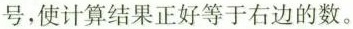
号，使计算结果正好等于右边的数。